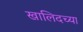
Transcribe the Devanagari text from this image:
खालिदच्या